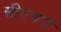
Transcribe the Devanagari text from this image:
सीएचपी